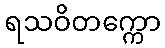
ရသဝိတက္ကော